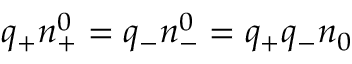
q _ { + } n _ { + } ^ { 0 } = q _ { - } n _ { - } ^ { 0 } = q _ { + } q _ { - } n _ { 0 }